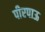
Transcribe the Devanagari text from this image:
पीरपाऊ